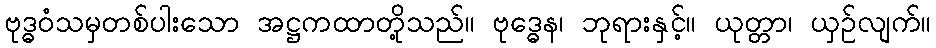
ဗုဒ္ဓဝံသမှတစ်ပါးသော အဋ္ဌကထာတို့သည်။ ဗုဒ္ဓေန၊ ဘုရားနှင့်။ ယုတ္တာ၊ ယှဉ်လျက်။